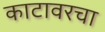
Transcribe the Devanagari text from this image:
काटावरचा